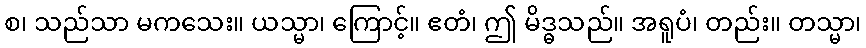
စ၊ သည်သာ မကသေး။ ယသ္မာ၊ ကြောင့်။ ဧတံ၊ ဤ မိဒ္ဓသည်။ အရူပံ၊ တည်း။ တသ္မာ၊